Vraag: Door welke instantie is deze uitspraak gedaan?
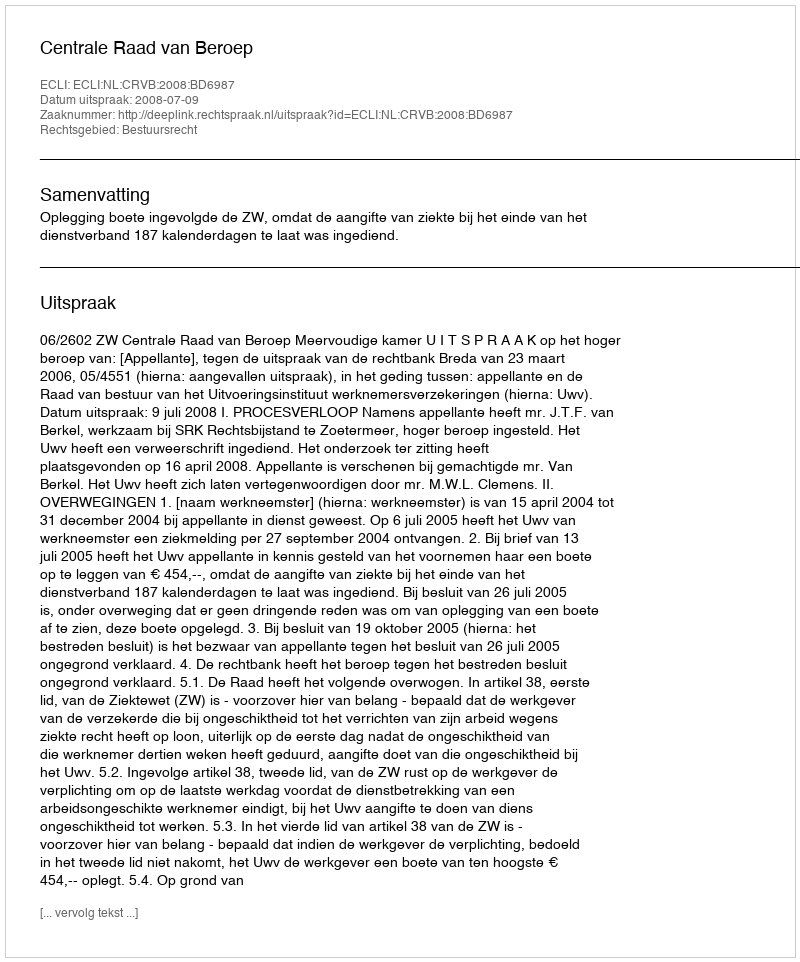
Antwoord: Centrale Raad van Beroep